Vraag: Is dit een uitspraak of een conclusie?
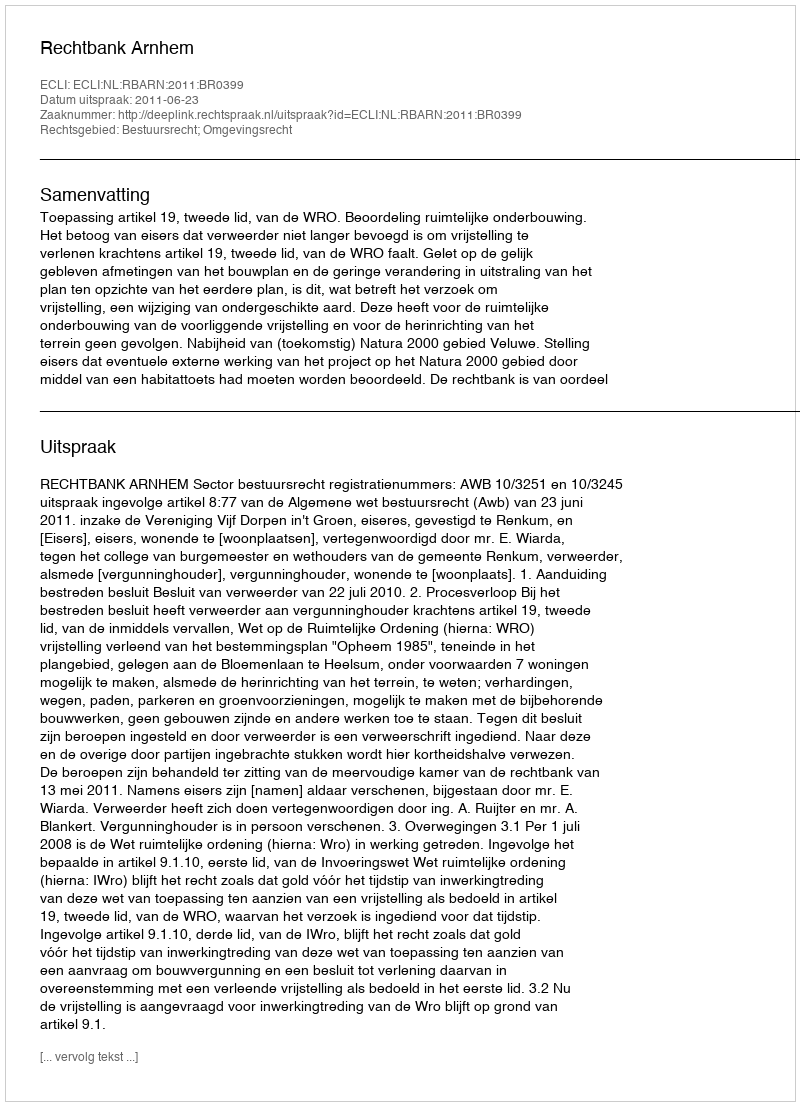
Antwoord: Uitspraak